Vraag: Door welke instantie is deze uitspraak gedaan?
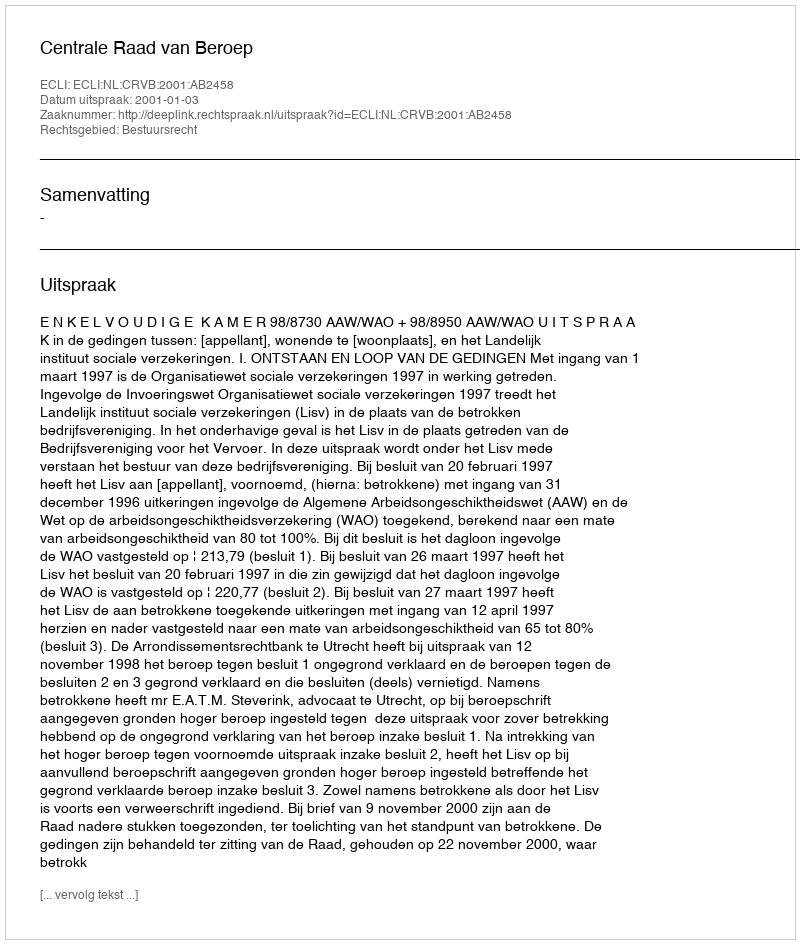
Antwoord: Centrale Raad van Beroep